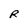
Character: R